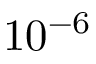
1 0 ^ { - 6 }